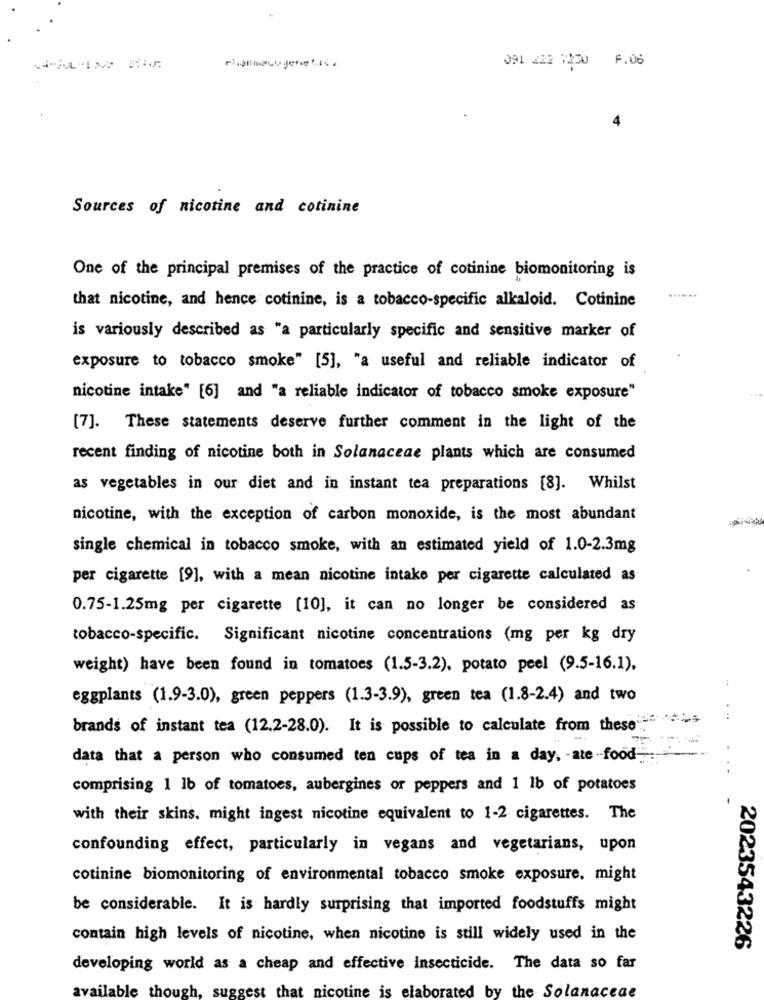
091 222 :230 F.06
Sources of nicotine and cotinine
One of the principal premises of the practice of cotinine biomonitoring is
......
that nicotine, and hence cotinine, is a tobacco-specific alkaloid. Cotinine
is variously described as "a particularly specific and sensitive marker of
exposure to tobacco smoke" [5], "a useful and reliable indicator of
nicotine intake" [6] and "a reliable indicator of tobacco smoke exposure"
[7]. These statements deserve further comment in the light of the
recent finding of nicotine both in Solanaceae plants which are consumed
as vegetables in our diet and in instant tea preparations [8]. Whilst
nicotine, with the exception of carbon monoxide, is the most abundant
single chemical in tobacco smoke, with an estimated yield of 1.0-2.3mg
per cigarette [9], with a mean nicotine intake per cigarette calculated as
0.75-1.25mg per cigarette [10], it can no longer be considered as
tobacco-specific. Significant nicotine concentrations (mg per kg dry
weight) have been found in tomatoes (1.5-3.2), potato peel (9.5-16.1).
eggplants (1.9-3.0), green peppers (1.3-3.9), green tea (1.8-2.4) and two
brands of instant tea (12.2-28.0). It is possible to calculate from these".
data that a person who consumed ten cups of tea in a day, - ate -food-
comprising 1 lb of tomatoes, aubergines or peppers and 1 lb of potatoes
with their skins. might ingest nicotine equivalent to 1-2 cigarettes. The
confounding effect, particularly in vegans and vegetarians, upon
cotinine biomonitoring of environmental tobacco smoke exposure. might
be considerable. It is hardly surprising that imported foodstuffs might
contain high levels of nicotine, when nicotine is still widely used in the
2023543226
developing world as a cheap and effective insecticide. The data so far
available though, suggest that nicotine i
elaborated by the Solanaceae